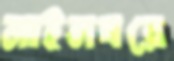
মাইনষরে